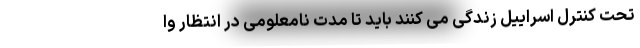
تحت کنترل اسراییل زندگی می کنند باید تا مدت نامعلومی در انتظار وا